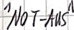
Text: "NOT-AUS"